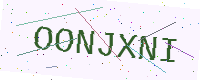
Text: OONJXNI